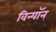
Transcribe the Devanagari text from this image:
विन्यॉन्